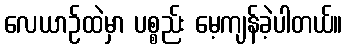
လေယာဉ်ထဲမှာ ပစ္စည်း မေ့ကျန်ခဲ့ပါတယ်။